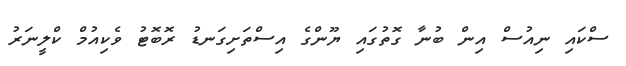
ސްކައި ނިއުސް އިން ބުނާ ގޮތުގައި ޔޫންގެ އިސްތަށިގަނޑު ރޮބޮޓު ވެކިއުމް ކްލީނަރު